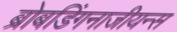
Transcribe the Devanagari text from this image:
ब्रोबडिंगनाजीयन्स